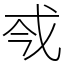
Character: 𢦟